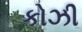
કોઝી